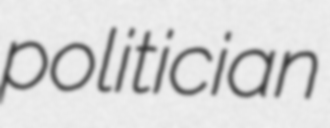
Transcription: politician